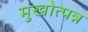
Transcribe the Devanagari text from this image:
मुखोत्पन्न